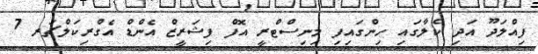
ފިއްލަދޫ އަދި ކެލާގައި ހިންގައިފި މިނިސްޓްރީ އޮފް ފިޝަރީޒް އެންޑް އެގްރިކަލްޗަރ 7